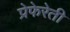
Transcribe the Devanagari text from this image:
प्रेफेरेती